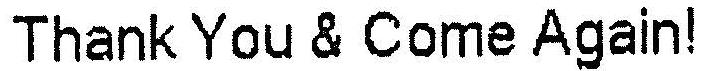
THANK YOU & COME AGAIN!